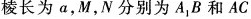
棱长为a，M，N分别为A_{1}B和AC